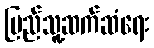
ပြည်သူ့ဆက်ဆံရေး